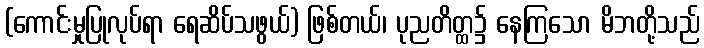
(ကောင်းမှုပြုလုပ်ရာ ရေဆိပ်သဖွယ်) ဖြစ်တယ်၊ ပုညတိတ္ထ၌ နေကြသော မိဘတို့သည်